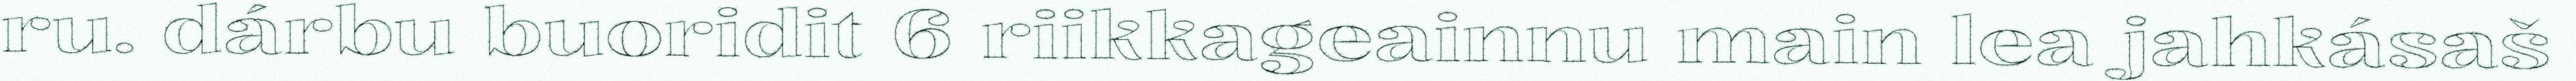
ru. dárbu buoridit 6 riikkageainnu main lea jahkásaš